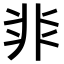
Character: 𩇨